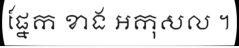
ផ្នែក ខាង អកុសល ។